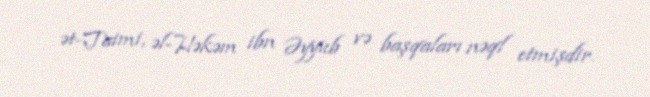
ət-Taimi, əl-Həkəm ibn Əyyub və başqaları nəql etmişdir.